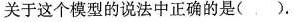
关于这个模型的说法中正确的是()。